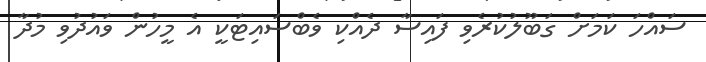
ސައްހަ ކަމަށް ގަބޫލުކުރެވި ފައިސާ ދެއްކި ވެބްސައިޓަކީ އެ މީހުން ވައުދުވި މުދާ